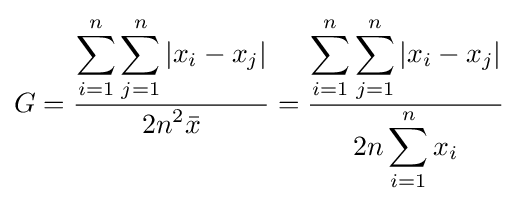
G={\frac {\displaystyle {\sum _{i=1}^{n}\sum _{j=1}^{n}\left|x_{i}-x_{j}\right|}}{\displaystyle {2n^{2}{\bar {x}}}}}={\frac {\displaystyle {\sum _{i=1}^{n}\sum _{j=1}^{n}\left|x_{i}-x_{j}\right|}}{\displaystyle {2n\sum _{i=1}^{n}x_{i}}}}